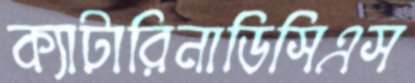
ক্যাটারিনাডিসিএস